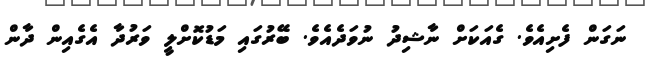
ނަގަން ފެށިއެވެ. ގެއަކަށް ނާޝިދު ނުވަދެއެވެ. ބޭރުގައި މަޑުކޮށްލީ ވަރުދާ އެގެއިން ދާން